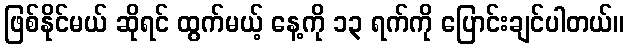
ဖြစ်နိုင်မယ် ဆိုရင် ထွက်မယ့် နေ့ကို ၁၃ ရက်ကို ပြောင်းချင်ပါတယ်။